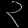
Digit: ၃